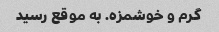
گرم و خوشمزه. به موقع رسید